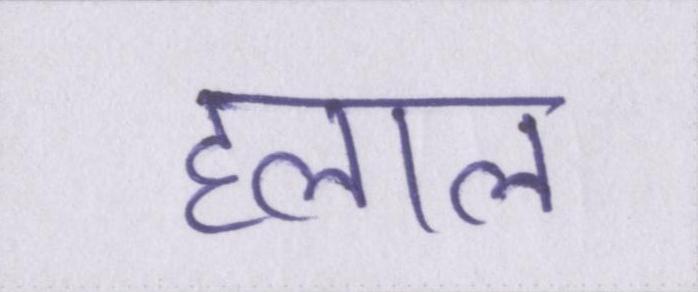
हलाल